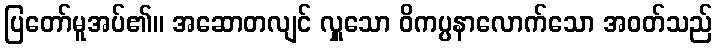
ပြတော်မူအပ်၏။ အဆောတလျင် လှူသော ဝိကပ္ပနာလောက်သော အဝတ်သည်